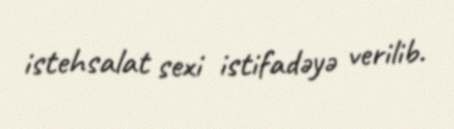
istehsalat sexi istifadəyə verilib.